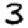
Digit: 3